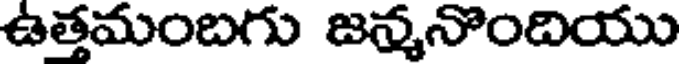
ఉత్తమంబగు జన్మనొందియు